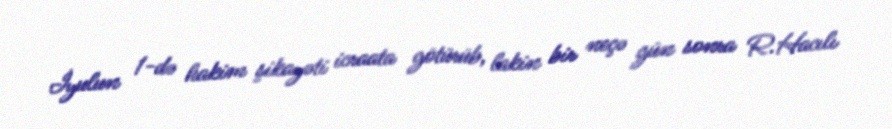
İyulun 1-də hakim şikayəti icraata götürüb, lakin bir neçə gün sonra R.Hacılı